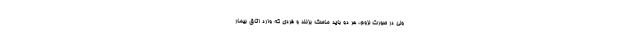
ولی در صورت لزوم، هر دو باید ماسک بزنند و فردی که وارد اتاق بیمار